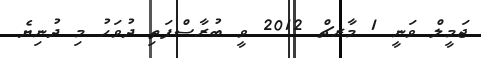
ޖަމީލް ވަނީ 1 މާރޗް 2012 ވީ ބުރާސްފަތި ދުވަހު މި ދުނިޔެ